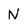
Character: N